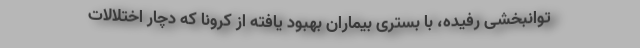
توانبخشی رفیده، با بستری بیماران بهبود یافته از کرونا که دچار اختلالات